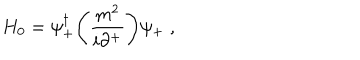
LaTeX: H _ { 0 } = \psi _ { + } ^ { \dagger } \Biggl ( { \frac { m ^ { 2 } } { i \partial ^ { + } } } \Biggr ) \psi _ { + } \; ,